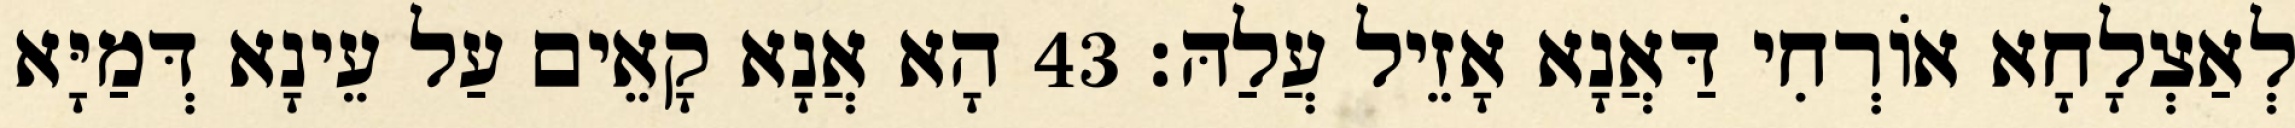
לְאַצְלָחָא אוֹרְחִי דַּאֲנָא אָזֵיל עֲלַהּ׃ 43 הָא אֲנָא קָאֵים עַל עֵינָא דְּמַיָּא